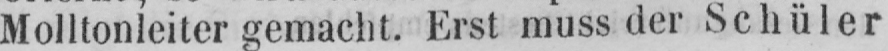
Molltonleiter gemacht. Erst muss der Schüler